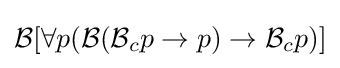
{\mathcal {B}}[\forall p({\mathcal {B}}({\mathcal {B}}_{c}p\to p)\to {\mathcal {B}}_{c}p)]